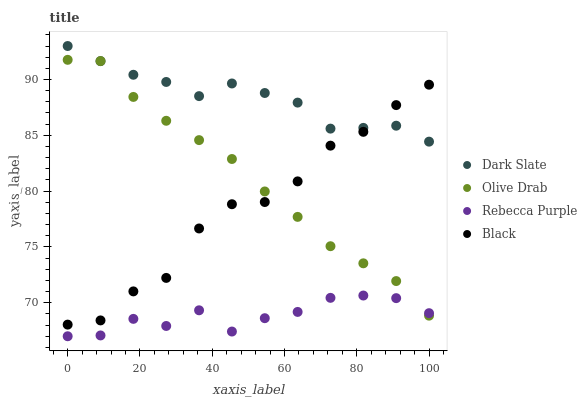
| xaxis_label | Dark Slate | Olive Drab | Rebecca Purple | Black |
 | --- | --- | --- | --- | --- |
 | 0 | 93 | 91.8 | 67 | 68 |
 | 9.09 | 91.6 | 91.6 | 67.1 | 68.4 |
 | 18.2 | 90.4 | 88.4 | 68.6 | 71 |
 | 27.3 | 89.8 | 86.3 | 67.9 | 72.2 |
 | 36.4 | 88.5 | 84.6 | 69.3 | 76.7 |
 | 45.5 | 89.6 | 82.9 | 67.4 | 78.8 |
 | 54.5 | 88.8 | 80 | 68.6 | 79 |
 | 63.6 | 87.9 | 77.7 | 69.2 | 80.9 |
 | 72.7 | 85.6 | 75.1 | 70.4 | 84.1 |
 | 81.8 | 85.7 | 73.5 | 70.6 | 85.3 |
 | 90.9 | 85.9 | 71.9 | 70.4 | 87.7 |
 | 100 | 84.4 | 68.8 | 69.1 | 89.5 |